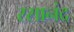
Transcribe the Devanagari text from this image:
रसानंद